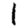
Digit: 1